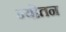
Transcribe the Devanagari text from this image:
न्योतन